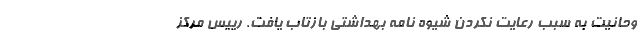
وحانیت به سبب رعایت نکردن شیوه نامه بهداشتی بازتاب یافت. رییس مرکز